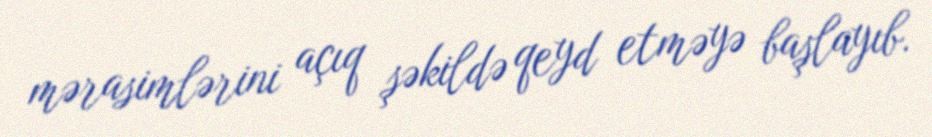
mərasimlərini açıq şəkildə qeyd etməyə başlayıb.